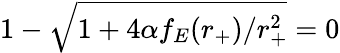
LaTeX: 1-\sqrt{1+4\alpha f_{E}(r_{+})/r_{+}^{2}}=0